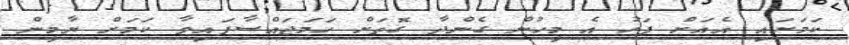
ކަމަށައި އެއަށް ފަހު އެ މީހުން ގެންދާ ގޮތަށް ހަމަޖައްސާފައިވާ ކަމަށް ޔާމީން